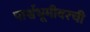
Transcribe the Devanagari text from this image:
पार्श्वभूमीवरची